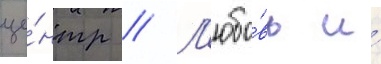
це́нтр // Л'юбо́вь и́